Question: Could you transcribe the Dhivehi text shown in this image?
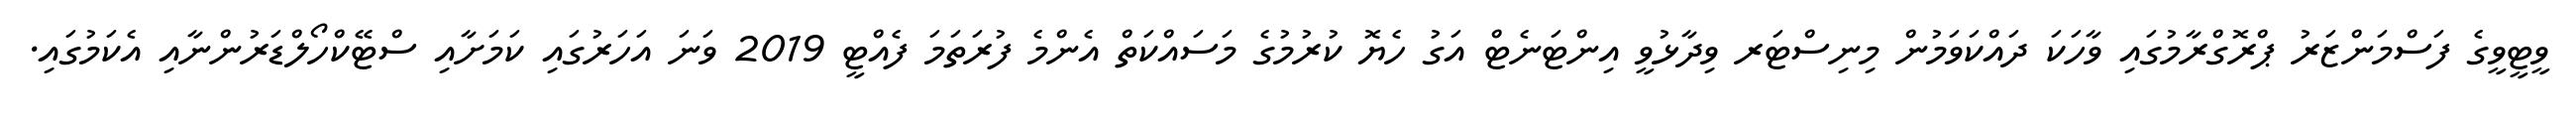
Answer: ވީޓީވީގެ ފަސްމަންޒަރު ޕްރޮގްރާމުގައި ވާހަކަ ދައްކަވަމުން މިނިސްޓަރ ވިދާޅުވީ އިންޓަނެޓް އަގު ހެޔޮ ކުރުމުގެ މަސައްކަތް އެންމެ ފުރަތަމަ ފެއްޓީ 2019 ވަނަ އަހަރުގައި ކަމަށާއި ސްޓޭކްހޯލްޑަރުންނާއި އެކަމުގައި.